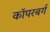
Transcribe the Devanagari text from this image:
कॉपरबर्ग